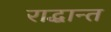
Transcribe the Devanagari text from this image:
राद्धान्त